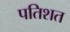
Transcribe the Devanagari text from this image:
पतिशत